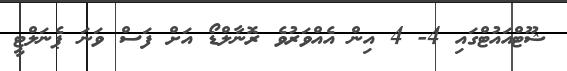
ޝޫޓްއައުޓްގައި 4- 4 އިން އެއްވަރުވެ ރޮނާލްޑޯ އަށް ފަސް ވަނަ ޕެނަލްޓީ